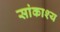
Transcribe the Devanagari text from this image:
सांकाश्य